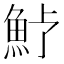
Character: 𩵿